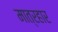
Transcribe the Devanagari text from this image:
मात्रहार